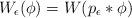
LaTeX: \begin{align*}W_ \epsilon(\phi)=W(p_{\epsilon}*\phi)\end{align*}